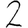
Digit: 2